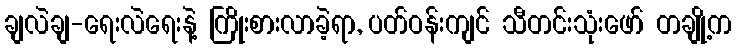
ချလဲချ-ရေးလဲရေးနဲ့ ကြိုးစားလာခဲ့ရာ, ပတ်ဝန်းကျင် သီတင်းသုံးဖော် တချို့က